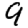
Digit: 9